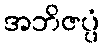
အဘိဇပ္ပံ